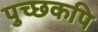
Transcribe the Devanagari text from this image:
पुच्छकपि